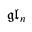
{ \mathfrak { g l } } _ { n }